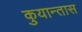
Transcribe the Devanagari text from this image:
कुयान्तास